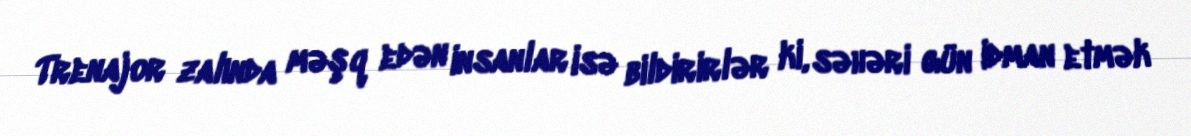
Trenajor zalında məşq edən insanlar isə bildirirlər ki, səhəri gün idman etmək